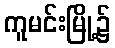
ကူမင်းမြို့၌